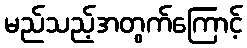
မည်သည့်အတွက်ကြောင့်